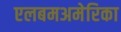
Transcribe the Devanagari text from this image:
एलबमअमेरिका